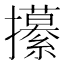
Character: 𭣎